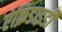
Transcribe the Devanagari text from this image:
ऐक्रिडाइडी